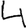
Digit: 4